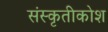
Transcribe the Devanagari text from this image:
संस्कृतीकोश